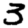
Digit: 3